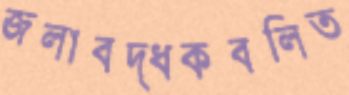
জলাবদ্ধকবলিত